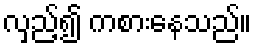
လှည့်၍ ကစားနေသည်။